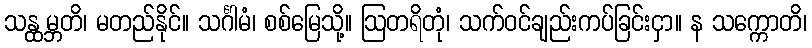
သန္ထမ္ဘတိ၊ မတည်နိုင်။ သင်္ဂါမံ၊ စစ်မြေသို့။ ဩတရိတုံ၊ သက်ဝင်ချည်းကပ်ခြင်းငှာ။ န သက္ကောတိ၊